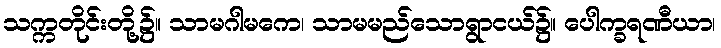
သက္ကတိုင်းတို့၌။ သာမဂါမကေ၊ သာမမည်သောရွာငယ်၌။ ပေါက္ခရဏီယာ၊